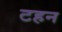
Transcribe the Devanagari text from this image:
टहन